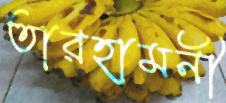
তারহামনী